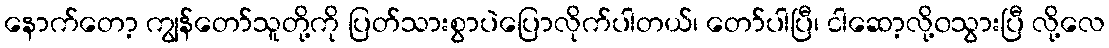
နောက်တော့ ကျွန်တော်သူတို့ကို ပြတ်သားစွာပဲပြောလိုက်ပါတယ်၊ တော်ပါပြီ၊ ငါဆော့လို့၀သွားပြီ လို့လေ